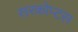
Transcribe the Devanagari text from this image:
सरकोप्टस